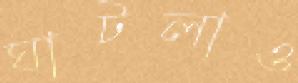
ঘাটলাও